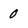
Character: 0